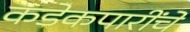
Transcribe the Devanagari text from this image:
कडेकपारींचे